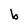
Character: b